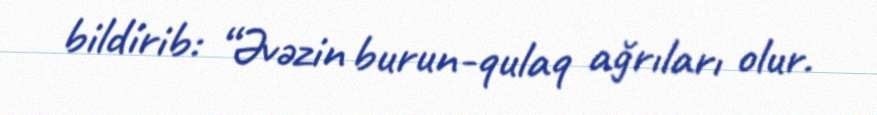
bildirib: “Əvəzin burun-qulaq ağrıları olur.